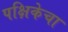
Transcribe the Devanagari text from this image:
पक्षिकेचा